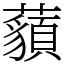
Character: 𧂀